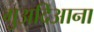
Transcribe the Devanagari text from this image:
गुअदिआना